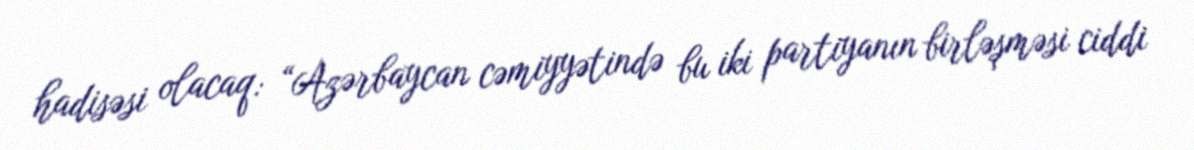
hadisəsi olacaq: “Azərbaycan cəmiyyətində bu iki partiyanın birləşməsi ciddi